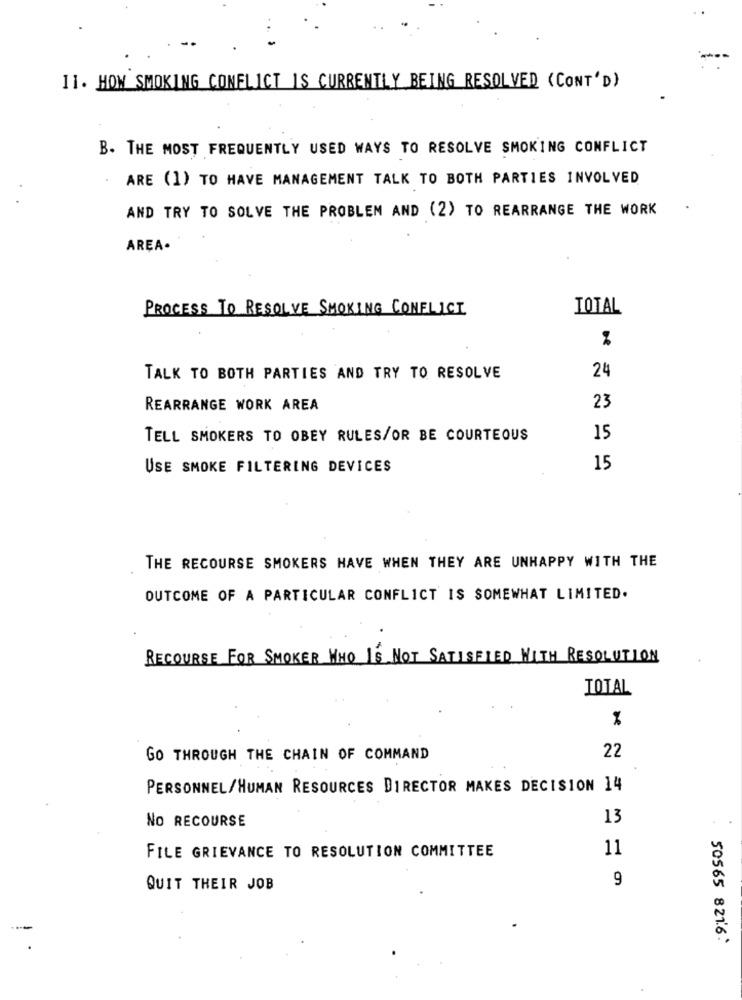
11. HOW SMOKING CONFLICT IS CURRENTLY BEING RESOLVED (CONT'D)
B. THE MOST FREQUENTLY USED WAYS TO RESOLVE SMOKING CONFLICT
ARE (1) TO HAVE MANAGEMENT TALK TO BOTH PARTIES INVOLVED
AND TRY TO SOLVE THE PROBLEM AND (2) TO REARRANGE THE WORK
AREA-
PROCESS TO RESOLVE SMOKING CONFLICT
TOTAL
%
TALK TO BOTH PARTIES AND TRY TO RESOLVE
24
REARRANGE WORK AREA
23
TELL SMOKERS TO OBEY RULES/OR BE COURTEOUS
15
USE SMOKE FILTERING DEVICES
15
THE RECOURSE SMOKERS HAVE WHEN THEY ARE UNHAPPY WITH THE
OUTCOME OF A PARTICULAR CONFLICT IS SOMEWHAT LIMITED.
RECOURSE FOR SMOKER WHO IS NOT SATISFIED WITH RESOLUTION
TOTAL
%
22
GO THROUGH THE CHAIN OF COMMAND
PERSONNEL/HUMAN RESOURCES DIRECTOR MAKES DECISION 14
NO RECOURSE
13
11
FILE GRIEVANCE TO RESOLUTION COMMITTEE
9
QUIT THEIR JOB
-
50565 821.6.